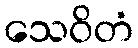
သေဝိတံ